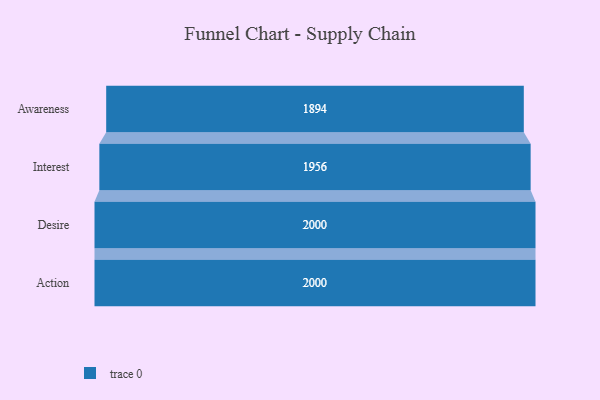
{"axis": {"x": "Stage", "y": "Value"}, "legend": [""], "data": [{"x": "Awareness", "y": 1894.0, "type": ""}, {"x": "Interest", "y": 1956.0, "type": ""}, {"x": "Desire", "y": 2000, "type": ""}, {"x": "Action", "y": 2000, "type": ""}]}